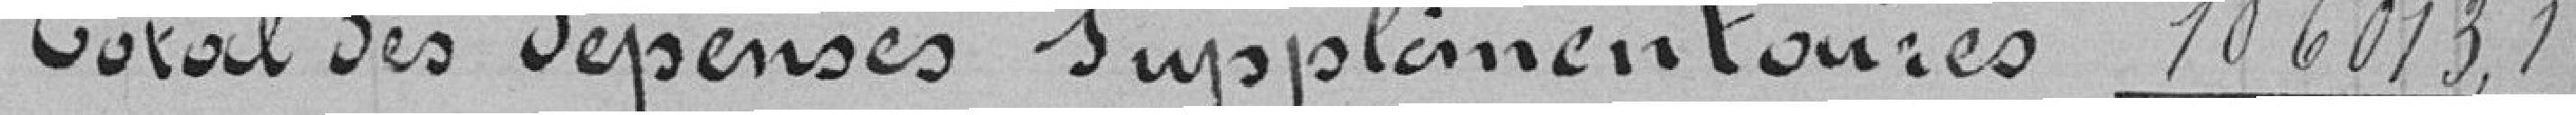
Total des dépenses supplémentaires 106013, 19